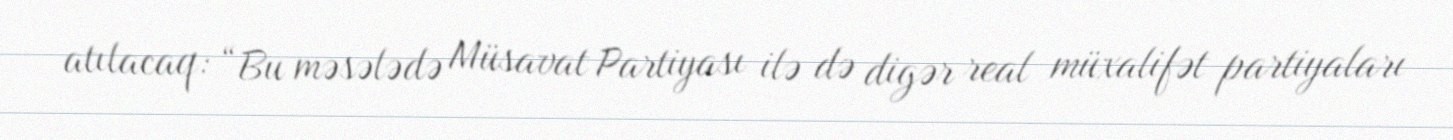
atılacaq: “Bu məsələdə Müsavat Partiyası ilə də digər real müxalifət partiyaları